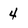
Character: 4